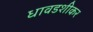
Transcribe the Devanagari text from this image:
धावडशीकर